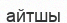
айтшы